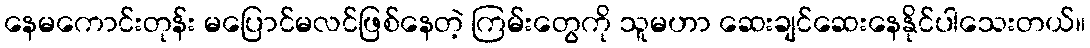
နေမကောင်းတုန်း မပြောင်မလင်ဖြစ်နေတဲ့ ကြမ်းတွေကို သူမဟာ ဆေးချင်ဆေးနေနိုင်ပါသေးတယ်။